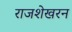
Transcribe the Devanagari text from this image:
राजशेखरन